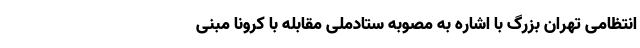
انتظامی تهران بزرگ با اشاره به مصوبه ستادملی مقابله با کرونا مبنی